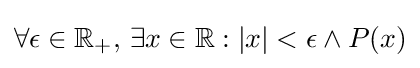
\forall \epsilon \in \mathbb {R} _{+},\,\exists x\in \mathbb {R} :|x|<\epsilon \land P(x)